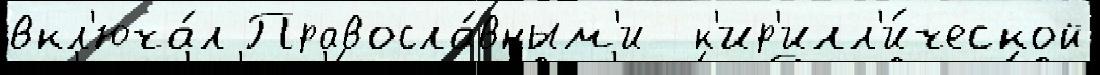
вкл'юча́л Правосла́вным'и  к'ир'илл'и́ческой